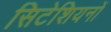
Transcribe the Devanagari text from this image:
सिटेशियनों